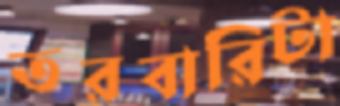
তরবারিটা